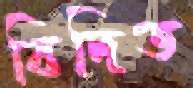
বিদিত